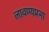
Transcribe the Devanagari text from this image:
लावण्यप्रभा